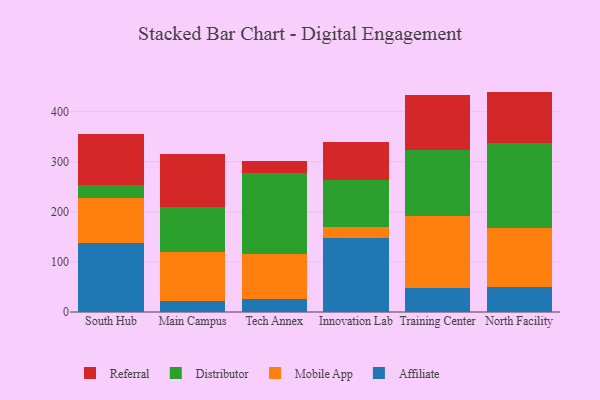
{"axis": {"x": "Campus", "y": "Energy Usage (MWh)"}, "legend": ["Affiliate", "Distributor", "Mobile App", "Referral"], "data": [{"x": "South Hub", "y": 138.6, "type": "Affiliate"}, {"x": "South Hub", "y": 89.9, "type": "Mobile App"}, {"x": "South Hub", "y": 25.4, "type": "Distributor"}, {"x": "South Hub", "y": 100.5, "type": "Referral"}, {"x": "Main Campus", "y": 21.8, "type": "Affiliate"}, {"x": "Main Campus", "y": 98.0, "type": "Mobile App"}, {"x": "Main Campus", "y": 88.9, "type": "Distributor"}, {"x": "Main Campus", "y": 106.8, "type": "Referral"}, {"x": "Tech Annex", "y": 26.9, "type": "Affiliate"}, {"x": "Tech Annex", "y": 89.4, "type": "Mobile App"}, {"x": "Tech Annex", "y": 161.9, "type": "Distributor"}, {"x": "Tech Annex", "y": 23.5, "type": "Referral"}, {"x": "Innovation Lab", "y": 147.1, "type": "Affiliate"}, {"x": "Innovation Lab", "y": 21.7, "type": "Mobile App"}, {"x": "Innovation Lab", "y": 95.7, "type": "Distributor"}, {"x": "Innovation Lab", "y": 75.7, "type": "Referral"}, {"x": "Training Center", "y": 47.6, "type": "Affiliate"}, {"x": "Training Center", "y": 143.7, "type": "Mobile App"}, {"x": "Training Center", "y": 131.9, "type": "Distributor"}, {"x": "Training Center", "y": 109.5, "type": "Referral"}, {"x": "North Facility", "y": 50.9, "type": "Affiliate"}, {"x": "North Facility", "y": 115.9, "type": "Mobile App"}, {"x": "North Facility", "y": 169.6, "type": "Distributor"}, {"x": "North Facility", "y": 103.6, "type": "Referral"}]}